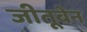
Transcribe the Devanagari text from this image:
जीतूबेन